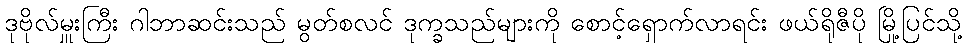
ဒုဗိုလ်မှူးကြီး ဂါဘာဆင်းသည် မွတ်စလင် ဒုက္ခသည်များကို စောင့်ရှောက်လာရင်း ဖယ်ရိုဇီပို မြို့ပြင်သို့